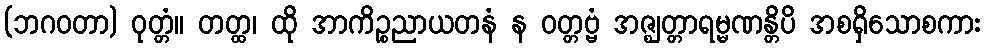
(ဘဂဝတာ) ဝုတ္တံ။ တတ္ထ၊ ထို အာကိဉ္စညာယတနံ န ဝတ္တဗ္ဗံ အဇ္ဈတ္တာရမ္မဏန္တိပိ အစရှိသောစကား